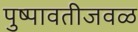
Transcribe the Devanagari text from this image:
पुष्पावतीजवळ